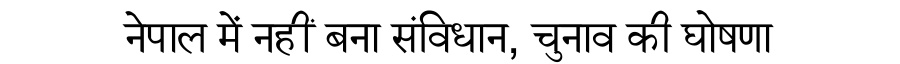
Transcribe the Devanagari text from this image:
नेपाल में नहीं बना संविधान, चुनाव की घोषणा